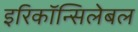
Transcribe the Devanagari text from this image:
इरिकॉन्सिलेबल